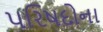
પરિષદોના